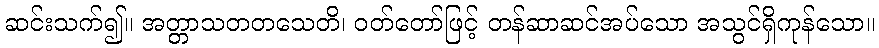
ဆင်းသက်၍။ အတ္တာသတတသေတိ၊ ဝတ်တော်ဖြင့် တန်ဆာဆင်အပ်သော အသွင်ရှိကုန်သော။